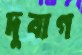
দুবাগ